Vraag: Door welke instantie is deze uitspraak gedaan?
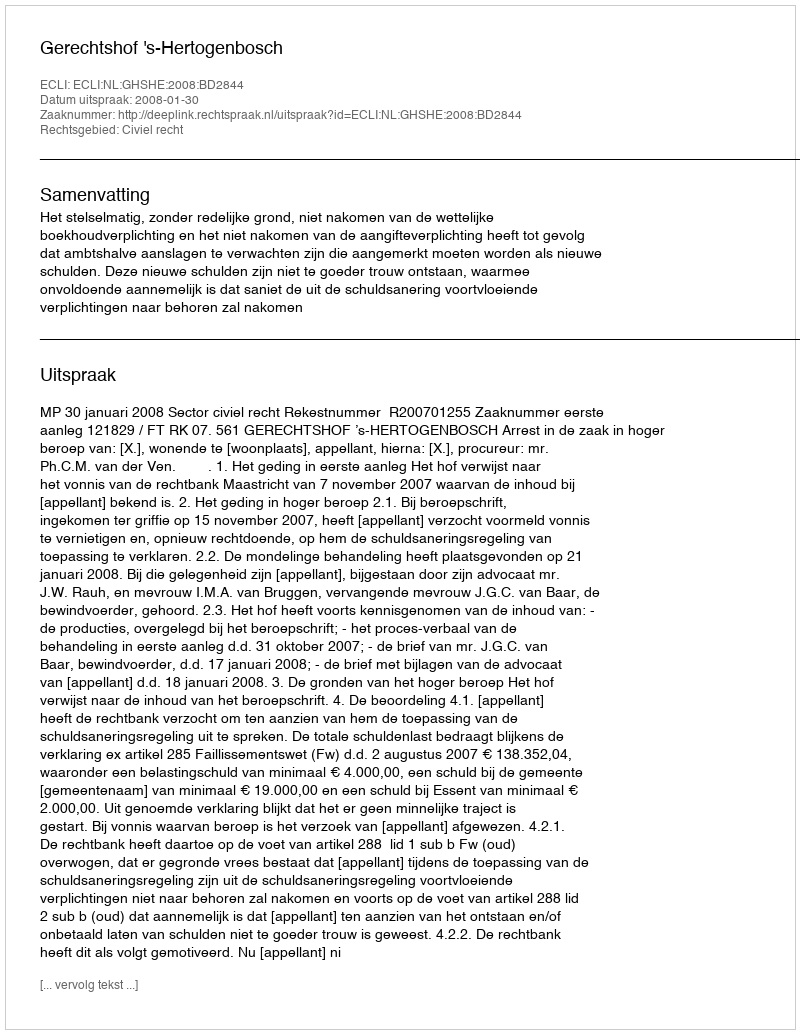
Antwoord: Gerechtshof 's-Hertogenbosch